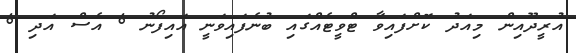
އުރީދޫއިން މިއަދު ކޮށްފައިވާ ޓްވީޓެއްގައި ބުނެފައިވަނީ އައިފޯނު 6 އެސް އަދި 6